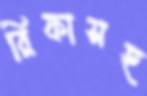
রিফাসহ